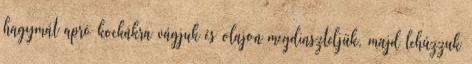
hagymát apró kockákra vágjuk és olajon megdinszteljük, majd lehúzzuk